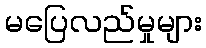
မပြေလည်မှုများ